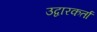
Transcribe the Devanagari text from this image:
उद्वारकर्ता